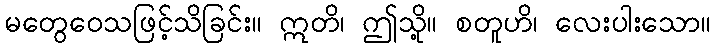
မတွေဝေသဖြင့်သိခြင်း။ ဣတိ၊ ဤသို့။ စတူဟိ၊ လေးပါးသော။